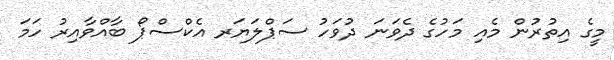
މީގެ އިތުރުން މެއި މަހުގެ ދެވަނަ ދުވަހު ސަޕްލަޔަރ އެކްސްޕޯ ބާއްވާއިރު ހަމަ